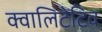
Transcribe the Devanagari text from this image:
क्वालिटेटिव